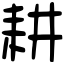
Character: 耕